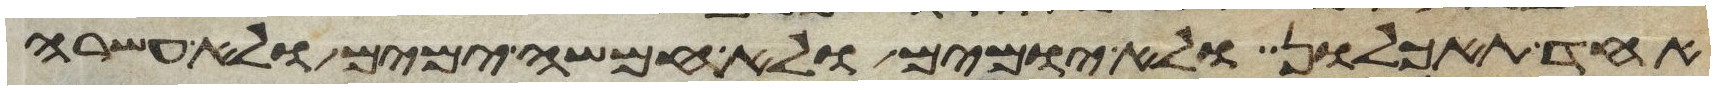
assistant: אחד תאכלון ולא יומים ולא חמשה ימים ולא עשרה